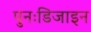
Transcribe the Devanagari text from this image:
पुनःडिजाइन